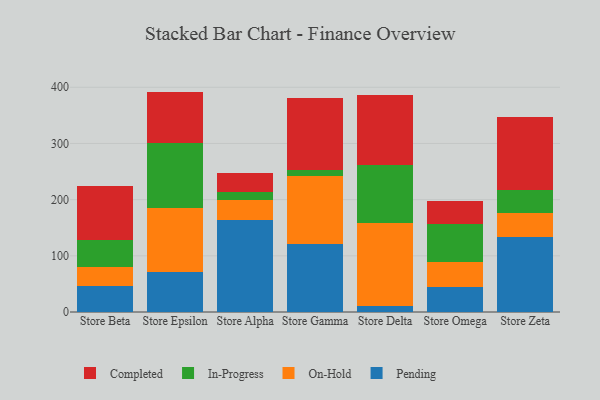
{"axis": {"x": "Store", "y": "Waste Production (Tons)"}, "legend": ["Completed", "In-Progress", "On-Hold", "Pending"], "data": [{"x": "Store Beta", "y": 46.5, "type": "Pending"}, {"x": "Store Beta", "y": 33.9, "type": "On-Hold"}, {"x": "Store Beta", "y": 47.7, "type": "In-Progress"}, {"x": "Store Beta", "y": 96.5, "type": "Completed"}, {"x": "Store Epsilon", "y": 71.8, "type": "Pending"}, {"x": "Store Epsilon", "y": 113.9, "type": "On-Hold"}, {"x": "Store Epsilon", "y": 114.8, "type": "In-Progress"}, {"x": "Store Epsilon", "y": 91.8, "type": "Completed"}, {"x": "Store Alpha", "y": 164.6, "type": "Pending"}, {"x": "Store Alpha", "y": 34.4, "type": "On-Hold"}, {"x": "Store Alpha", "y": 14.0, "type": "In-Progress"}, {"x": "Store Alpha", "y": 33.6, "type": "Completed"}, {"x": "Store Gamma", "y": 120.7, "type": "Pending"}, {"x": "Store Gamma", "y": 120.5, "type": "On-Hold"}, {"x": "Store Gamma", "y": 11.7, "type": "In-Progress"}, {"x": "Store Gamma", "y": 128.0, "type": "Completed"}, {"x": "Store Delta", "y": 10.1, "type": "Pending"}, {"x": "Store Delta", "y": 148.2, "type": "On-Hold"}, {"x": "Store Delta", "y": 104.0, "type": "In-Progress"}, {"x": "Store Delta", "y": 124.5, "type": "Completed"}, {"x": "Store Omega", "y": 45.2, "type": "Pending"}, {"x": "Store Omega", "y": 43.1, "type": "On-Hold"}, {"x": "Store Omega", "y": 69.1, "type": "In-Progress"}, {"x": "Store Omega", "y": 40.3, "type": "Completed"}, {"x": "Store Zeta", "y": 134.3, "type": "Pending"}, {"x": "Store Zeta", "y": 42.6, "type": "On-Hold"}, {"x": "Store Zeta", "y": 40.2, "type": "In-Progress"}, {"x": "Store Zeta", "y": 130.2, "type": "Completed"}]}